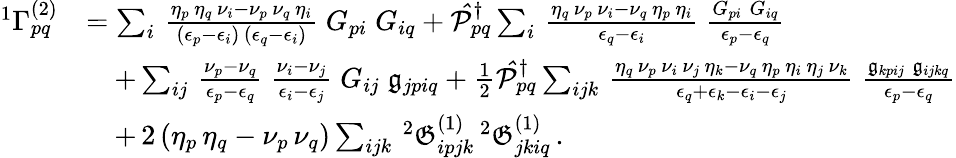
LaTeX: \begin{array}{rl}{{^{1}{\Gamma}_{pq}^{(2)}}}&{=\sum_{i}\, \frac{\eta_{p}\, \eta_{q}\, \nu_{i}-\nu_{p}\, \nu_{q}\, \eta_{i}}{(\epsilon_{p}-\epsilon_{i})\, (\epsilon_{q}-\epsilon_{i})}\; G_{pi}\; G_{iq}+\mathcal{\hat{P}}_{pq}^{\dagger}\sum_{i}\, \frac{\eta_{q}\, \nu_{p}\, \nu_{i}-\nu_{q}\, \eta_{p}\, \eta_{i}}{\epsilon_{q}-\epsilon_{i}}\; \frac{G_{pi}\; G_{iq}}{\epsilon_{p}-\epsilon_{q}}}\\ &{\quad+\sum_{ij}\, \frac{\nu_{p}-\nu_{q}}{\epsilon_{p}-\epsilon_{q}}\; \frac{\nu_{i}-\nu_{j}}{\epsilon_{i}-\epsilon_{j}}\; G_{ij}\; \mathfrak{g}_{jpiq}+\frac{1}{2}\mathcal{\hat{P}}_{pq}^{\dagger}\sum_{ijk}\, \frac{\eta_{q}\, \nu_{p}\, \nu_{i}\, \nu_{j}\, \eta_{k}-\nu_{q}\, \eta_{p}\, \eta_{i}\, \eta_{j}\, \nu_{k}}{\epsilon_{q}+\epsilon_{k}-\epsilon_{i}-\epsilon_{j}}\; \frac{\mathfrak{g}_{kpij}\; \mathfrak{g}_{ijkq}}{\epsilon_{p}-\epsilon_{q}}}\\ &{\quad+\, 2\, (\eta_{p}\, \eta_{q}-\nu_{p}\, \nu_{q})\sum_{ijk}\, {^{2}{\mathfrak{G}}_{ipjk}^{(1)}}\, {^{2}{\mathfrak{G}}_{jkiq}^{(1)}}\, .}\end{array}